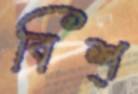
বিশ্